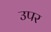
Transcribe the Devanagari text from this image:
उपर